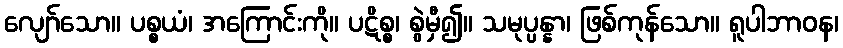
လျော်သော။ ပစ္စယံ၊ အကြောင်းကို။ ပဋိစ္စ၊ စွဲမှီ၍။ သမုပ္ပန္နာ၊ ဖြစ်ကုန်သော။ ရူပါဘာဝန၊